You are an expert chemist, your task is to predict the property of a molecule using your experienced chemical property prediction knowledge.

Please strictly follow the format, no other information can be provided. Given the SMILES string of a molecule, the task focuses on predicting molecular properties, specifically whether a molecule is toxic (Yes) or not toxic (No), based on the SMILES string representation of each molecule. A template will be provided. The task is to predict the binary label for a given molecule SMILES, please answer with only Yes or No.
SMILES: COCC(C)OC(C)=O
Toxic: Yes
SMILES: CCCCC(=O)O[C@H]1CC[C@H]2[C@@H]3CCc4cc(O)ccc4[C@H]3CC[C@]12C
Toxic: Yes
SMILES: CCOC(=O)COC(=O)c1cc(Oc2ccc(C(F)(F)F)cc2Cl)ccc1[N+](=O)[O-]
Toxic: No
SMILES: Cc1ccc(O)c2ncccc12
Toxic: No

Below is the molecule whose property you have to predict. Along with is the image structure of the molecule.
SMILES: CC(C)CC(C)CC(C)CC(C)COC(=O)c1ccccc1C(=O)OCC(C)CC(C)CC(C)CC(C)C
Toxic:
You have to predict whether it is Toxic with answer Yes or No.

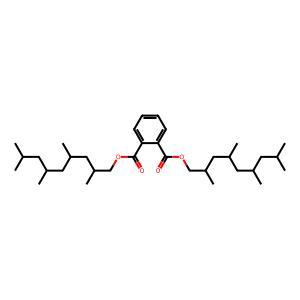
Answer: No